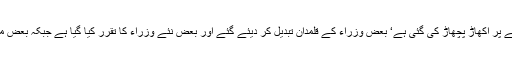
اس سلسلہ میں پہلے مرحلے میں وفاقی کابینہ میں وسیع پیمانے پر اکھاڑ پچھاڑ کی گئی ہے‘ بعض وزراء کے قلمدان تبدیل کر دیئے گئے اور بعض نئے وزراء کا تقرر کیا گیا ہے جبکہ بعض مشیروں اور معاونین خصوصی کو عہدوں سے ہٹا دیا گیا ہے۔